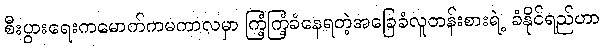
စီးပွားရေးကမောက်ကမကာလမှာ ကြံ့ကြံ့ခံနေရတဲ့အခြေခံလူတန်းစားရဲ့ ခံနိုင်ရည်ဟာ